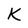
Character: K